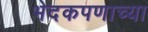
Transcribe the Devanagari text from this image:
भेदकपणाच्या